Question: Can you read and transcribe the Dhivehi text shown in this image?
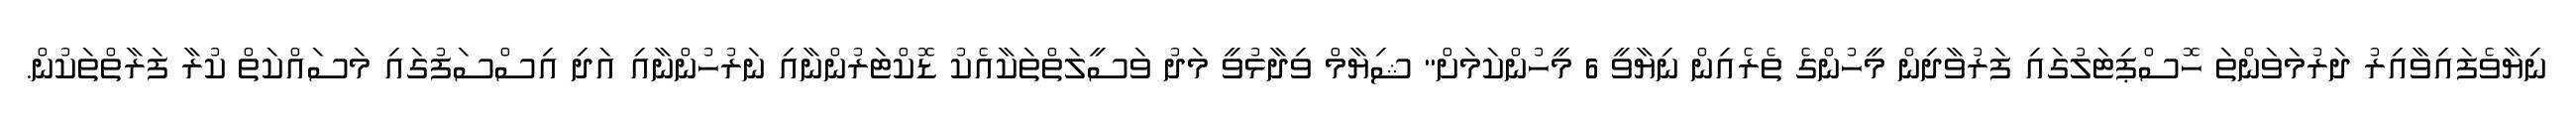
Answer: ނިޔާވެފައިވާއިރު ދަރުމަވަންތަ ހޮސްޕިޓަލުގައި ފަރުވާދިން މީހުންގެ ތެރެއިން ނިޔާވީ 6 މީހުންކަމަށް" ޝިޔާމް ވިދާޅުވީ މަދު ވަސީލަތްތަކާއެކު ޑޮކްޓަރުންނާއި ނަރުހުންނާއި އަދި އިސްސަފުގައި މަސައްކަތް ކުރާ ފަރާތްތަކުން.